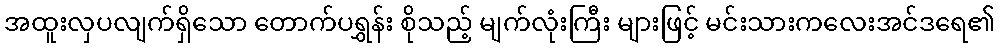
အထူးလှပလျက်ရှိသော တောက်ပရွှန်း စိုသည့် မျက်လုံးကြီး များဖြင့် မင်းသားကလေးအင်ဒရေ၏